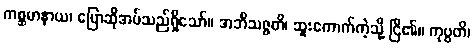
ကစ္ဆမာနာယ၊ ပြောဆိုအပ်သည်ရှိသော်။ အဘိသဇ္ဇတိ၊ ဆူးကောက်ကဲ့သို့ ငြိ၏။ ကုပ္ပတိ၊